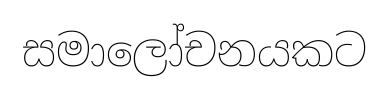
සමාලෝචනයකට